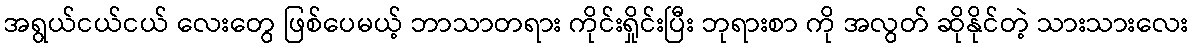
အရွယ်ငယ်ငယ် လေးတွေ ဖြစ်ပေမယ့် ဘာသာတရား ကိုင်းရှိုင်းပြီး ဘုရားစာ ကို အလွတ် ဆိုနိုင်တဲ့ သားသားလေး